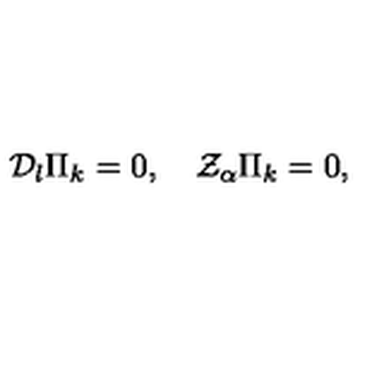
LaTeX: { \cal D } _ { l } \Pi _ { k } = 0 , \quad { \cal Z } _ { \alpha } \Pi _ { k } = 0 ,